Civil Veterinary Department. Central Provinces & Berar 1925-31 - 1925-1931
Year: 1925
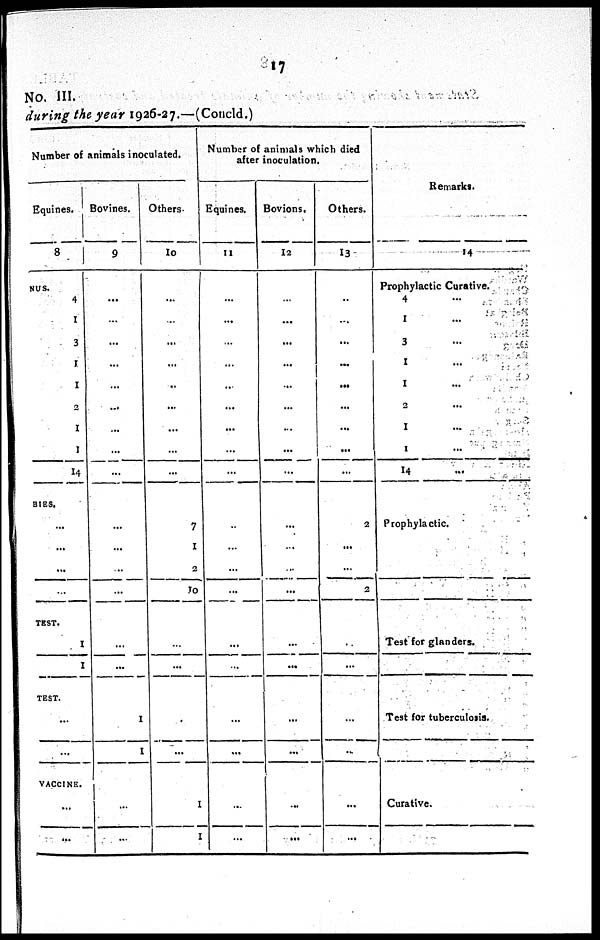
17
No. III.
during the year 1926-27.—(Concld.)
Number of animals inoculated.
Equines.
8
NUS.
4
1
3
1
1
2
1
1
14
BIES.
...
...
...
TEST.
1
1
TEST.
...
VACCINE.
...
...
Bovines.
9
...
...
...
...
...
...
...
...
...
...
...
...
...
...
...
1
1
...
...
Others.
10
...
...
...
...
..
...
...
...
...
7
1
2
10
...
...
...
...
1
1
Number of animals which died
after inoculation.
Equines.
11
...
...
...
...
...
...
...
...
...
...
...
...
...
...
...
...
...
...
...
Bovions.
12
...
...
...
...
...
...
...
...
...
...
...
...
...
...
...
...
...
...
...
Others.
13
...
...
...
...
...
...
...
...
...
2
...
...
2
...
...
...
...
...
...
Remarks.
14
Prophylactic Curative.
4 ...
1 ...
3 ...
1 ...
1 ...
2 ...
1 ...
1 ...
14 ...
Prophylactic.
Test for glanders.
Test for tuberculosis.
Curative.